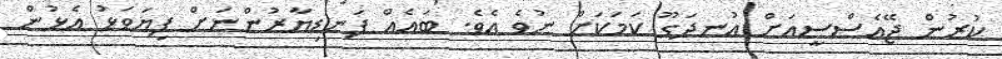
ކުރުން ޖޭއެސްސީއަށް އުނދަގޫ ކަމަކަށް ނުވެ އެވެ. ބައެއް ފަނޑިޔާރުންނަށް ފިިޔަވަޅު އެޅުން